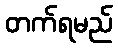
တက်ရမည်